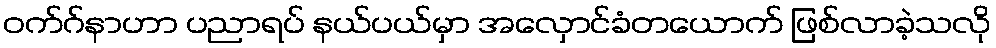
ဝက်ဂ်နာဟာ ပညာရပ် နယ်ပယ်မှာ အလှောင်ခံတယောက် ဖြစ်လာခဲ့သလို